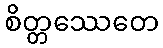
စိတ္တဿေတေ